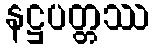
နဋ္ဌပတ္တဿ